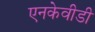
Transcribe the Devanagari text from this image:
एनकेवीडी